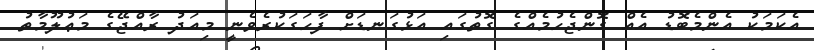
އެކަމަކު އެންމެބޮޑު އެއް ގޮންޖެހުމެއްގެ ގޮތުގައި އަޅުގަނޑަށް ފާހަގަކުރެވެނީ މިއަދު ރާއްޖޭގެ މަޢުލޫމާތު